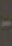
-